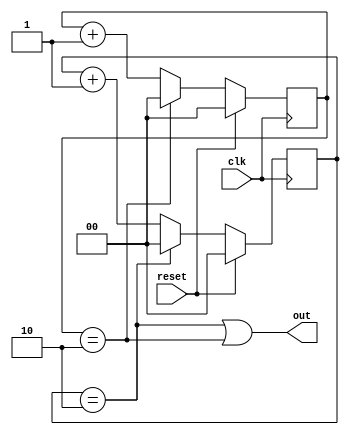
module clock_divider (clk, reset, out);
	input clk; //input clock signal
	input reset; //asynchronous reset signal
	output wire out; //output signal

	reg [1:0] count_pos; //register to count positive edges
	reg [1:0] count_neg; //register to count negative edges
  
        //positive edge counter
	always @ (posedge clk) //using posedge to detect rising edges
	begin 
		//<= is a non-blocking assignment, which means that the value of count_pos is updated concurrently with the rest of the circuit. 
		if (reset) count_pos <= 0; //when reset is asserted (set to 1) counter is asserted to 0.
		//if counter reaches 2, reset counter because 2 rising edges means that there are 3 edges in total 
		//and we have to represent it as 1 according to the task
		else if (count_pos == 2) count_pos <= 0;  
		else count_pos <= count_pos + 1; //increment the counter
		
	end 
	
	//negative edge counter
	always @ (negedge clk) //using negedge tp detect falling edges
	begin 
		//<= is a non-blocking assignment, which means that the value of count_neg is updated concurrently with the rest of the circuit. 
		if (reset) count_neg <= 0; //when reset is asserted (set to 1) counter is asserted to 0.
		//if counter reaches 2, reset counter because 2 falling edges means that there are 3 edges in total 
		//and we have to represent it as 1 according to the task
		else if (count_neg == 2) count_neg <= 0;
		else count_neg <= count_neg + 1; //increment the counter
	end
	
	//output
	assign out = ((count_pos == 2) | (count_neg == 2)); //output is asserted when either counter reaches 2
endmodule